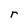
Character: r